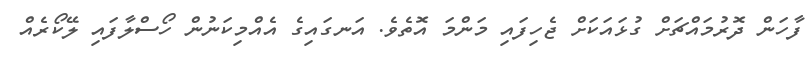
ފާހަން ދޮރުމައްޗަށް ގުޅައަކަށް ޖެހިފައި މަންމަ އޮތެވެ. އަނގައިގެ އެއްމިކަނުން ހޯސްލާފައި ލޭކޯރެއް